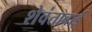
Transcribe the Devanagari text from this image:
शेवंताबाई